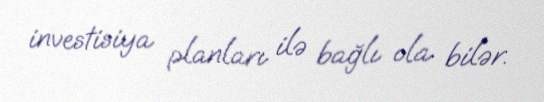
investisiya planları ilə bağlı ola bilər.